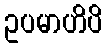
ဥပမာဟိပိ